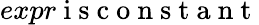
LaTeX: expr\mathrm{~i~s~c~o~n~s~t~a~n~t~}